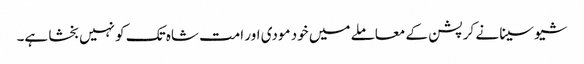
شیو سینا نے کرپشن کے معاملے میں خود مودی اور امت شاہ تک کو نہیں بخشا ہے۔